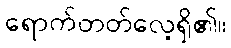
ရောက်တတ်လေ့ရှိ၏။